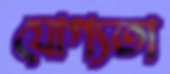
যোগ্যতা